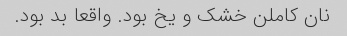
نان کاملن خشک و یخ بود. واقعا بد بود.